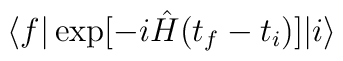
\langle f|\exp[-i\hat{H}(t_{f}-t_{i})]|i\rangle